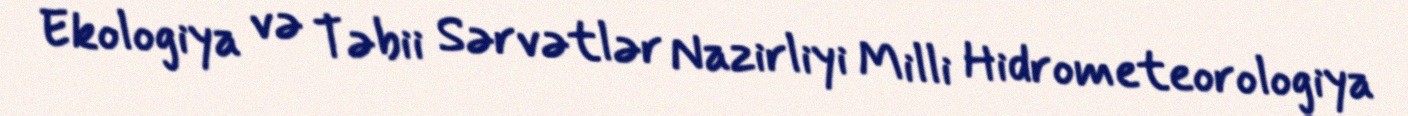
Ekologiya və Təbii Sərvətlər Nazirliyi Milli Hidrometeorologiya